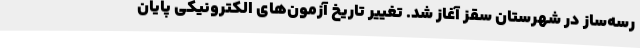
رسه‌ساز در شهرستان سقز آغاز شد. تغییر تاریخ آزمون‌های الکترونیکی پایان